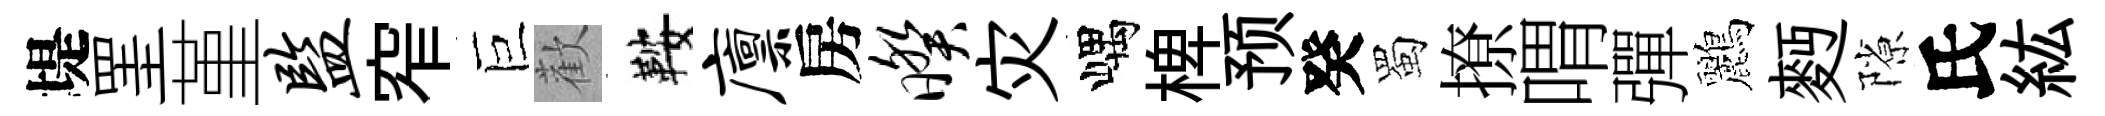
堤罣堇监窄巨歡鞍廪房暌灾嵎椑预癸蜀撩喟彈鸝麪隙氏紘